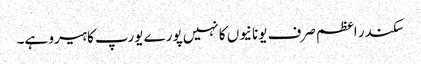
سکندر اعظم صرف یونانیوں کا نہیں پورے یورپ کا ہیرو ہے۔